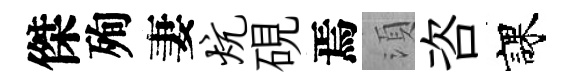
傑殉妻炕硯焉湏咨課